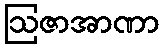
ဩဇာအာဏာ